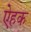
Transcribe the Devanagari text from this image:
ऐहक